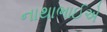
નાથાભાઈએ